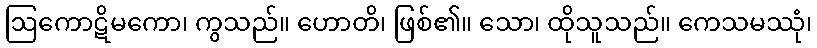
ဩကောဋိမကော၊ ကွသည်။ ဟောတိ၊ ဖြစ်၏။ သော၊ ထိုသူသည်။ ကေသမဿုံ၊